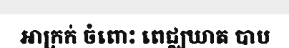
អាក្រក់ ចំពោះ ពេជ្ឈឃាត បាប